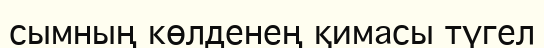
сымның көлденең қимасы түгел